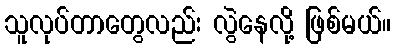
သူလုပ်တာတွေလည်း လွဲနေလို့ ဖြစ်မယ်။